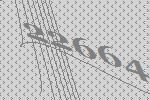
22664